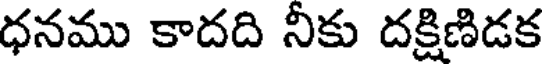
ధనము కాదది నీకు దక్షిణిడక